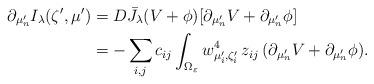
LaTeX: \begin{align*}\partial_{\mu_n'}I_\lambda(\zeta',\mu' )&=D \bar J_\lambda(V+\phi)[\partial_{\mu_n'} V + \partial_{\mu_n'} \phi]\\&= - \sum_{i,j} c_{ij} \int_{\Omega_\varepsilon}w_{\mu_i^{\prime},\zeta_i^{\prime}}^4\,z_{ij}\,( \partial_{\mu_n'} V + \partial_{\mu_n'} \phi ) .\end{align*}